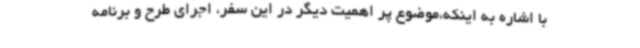
با اشاره به اینکه،موضوع پر اهمیت دیگر در این سفر، اجرای طرح و برنامه